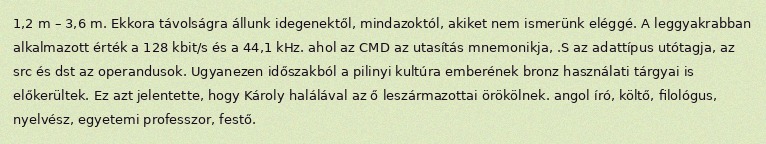
1,2 m – 3,6 m. Ekkora távolságra állunk idegenektől, mindazoktól, akiket nem ismerünk eléggé. A leggyakrabban alkalmazott érték a 128 kbit/s és a 44,1 kHz. ahol az CMD az utasítás mnemonikja, .S az adattípus utótagja, az src és dst az operandusok. Ugyanezen időszakból a pilinyi kultúra emberének bronz használati tárgyai is előkerültek. Ez azt jelentette, hogy Károly halálával az ő leszármazottai örökölnek. angol író, költő, filológus, nyelvész, egyetemi professzor, festő.